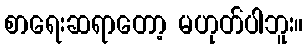
စာရေးဆရာတော့ မဟုတ်ပါဘူး။